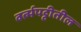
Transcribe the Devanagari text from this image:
वर्त्मपट्टीतील